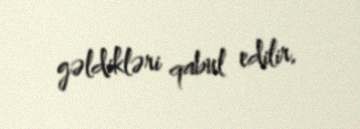
gəldikləri qabul edilir.